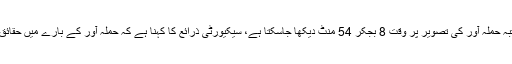
سیاہ رنگ کی شلوار قمیض میں ملبوس مشتبہ حملہ آور کی تصویر پر وقت 8 بجکر 54 منٹ دیکھا جاسکتا ہے، سیکیورٹی ذرائع کا کہنا ہے کہ حملہ آور کے بارے میں حقائق جلد منظر عام پر سامنے آنےکا امکان ہے۔